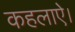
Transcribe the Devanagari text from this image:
कहलाऐ।